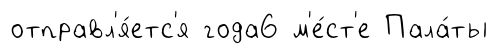
отправл'я́етс'я года6 м'е́ст'е Пала́ты